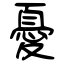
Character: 憂